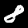
Digit: 8